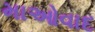
માઓવાદ